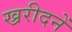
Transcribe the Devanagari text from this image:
ख्ररीदनें